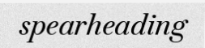
spearheading